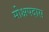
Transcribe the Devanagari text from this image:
मोक्षपदास